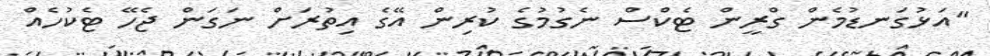
"އަޅުގަނޑުމެން ގްރީން ޓެކްސް ނެގުމުގެ ކުރިން އޭގެ އިތުރަށް ނަގަން ޖެހޭ ޓެކުހެއް